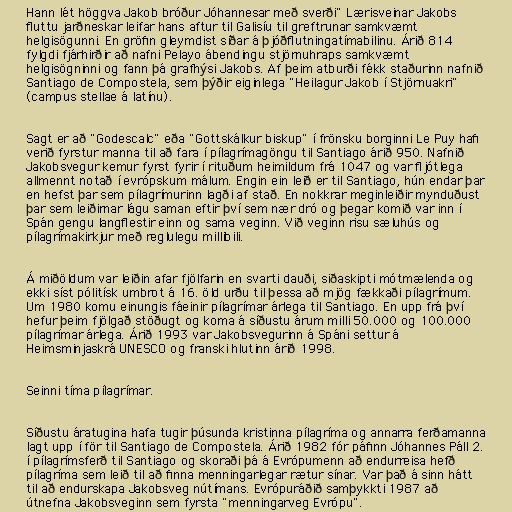
Hann lét höggva Jakob bróður Jóhannesar með sverði" Lærisveinar Jakobs
fluttu jarðneskar leifar hans aftur til Galisíu til greftrunar samkvæmt
helgisögunni. En gröfin gleymdist síðar á þjóðflutningatímabilinu. Árið 814
fylgdi fjárhirðir að nafni Pelayo ábendingu stjörnuhraps samkvæmt
helgisögninni og fann þá grafhýsi Jakobs. Af þeim atburði fékk staðurinn nafnið
Santiago de Compostela, sem þýðir eiginlega "Heilagur Jakob í Stjörnuakri"
(campus stellae á latínu).

Sagt er að "Godescalc" eða "Gottskálkur biskup" í frönsku borginni Le Puy hafi
verið fyrstur manna til að fara í pílagrímagöngu til Santiago árið 950. Nafnið
Jakobsvegur kemur fyrst fyrir í rituðum heimildum frá 1047 og var fljótlega
allmennt notað í evrópskum málum. Engin ein leið er til Santiago, hún endar þar
en hefst þar sem pílagrímurinn lagði af stað. En nokkrar meginleiðir mynduðust
þar sem leiðirnar lágu saman eftir því sem nær dró og þegar komið var inn í
Spán gengu langflestir einn og sama veginn. Við veginn risu sæluhús og
pílagrímakirkjur með reglulegu millibili.

Á miðöldum var leiðin afar fjölfarin en svarti dauði, siðaskipti mótmælenda og
ekki síst pólitísk umbrot á 16. öld urðu til þessa að mjög fækkaði pílagrímum.
Um 1980 komu einungis fáeinir pílagrímar árlega til Santiago. En upp frá því
hefur þeim fjölgað stöðugt og koma á síðustu árum milli 50.000 og 100.000
pílagrímar árlega. Árið 1993 var Jakobsvegurinn á Spáni settur á
Heimsminjaskrá UNESCO og franski hlutinn árið 1998.

Seinni tíma pílagrímar.

Síðustu áratugina hafa tugir þúsunda kristinna pílagríma og annarra ferðamanna
lagt upp í för til Santiago de Compostela. Árið 1982 fór páfinn Jóhannes Páll 2.
í pílagrímsferð til Santiago og skoraði þá á Evrópumenn að endurreisa hefð
pílagríma sem leið til að finna menningarlegar rætur sínar. Var það á sinn hátt
til að endurskapa Jakobsveg nútímans. Evrópuráðið samþykkti 1987 að
útnefna Jakobsveginn sem fyrsta "menningarveg Evrópu".